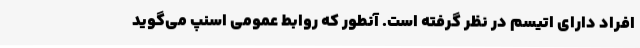
افراد دارای اتیسم در نظر گرفته است. آنطور که روابط عمومی اسنپ می‌گوید